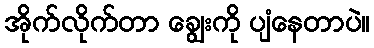
အိုက်လိုက်တာ ချွေးကို ပျံနေတာပဲ။